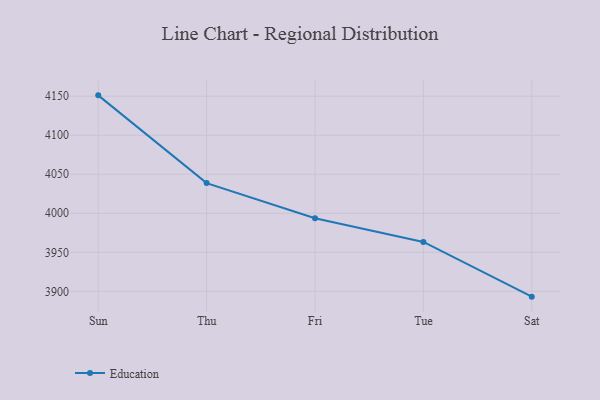
{"axis": {"x": "Day", "y": "Customer Acquisition Cost (USD)"}, "legend": ["Education"], "data": [{"x": "Sun", "y": 4151.1, "type": "Education"}, {"x": "Thu", "y": 4038.7, "type": "Education"}, {"x": "Fri", "y": 3993.6, "type": "Education"}, {"x": "Tue", "y": 3963.3, "type": "Education"}, {"x": "Sat", "y": 3893.2, "type": "Education"}]}